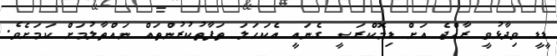
ޑީޑީ ވިދާޅުވީ ރާއްޖެ އަށް ޑިމޮކްރަސީ ގެނައީ އެކަހަލަ ތަފާތުކުރުންތައް ނައްތާލުމަށް ކަމަށެވެ.